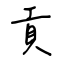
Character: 貢